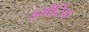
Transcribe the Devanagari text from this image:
ड्रमेटिक